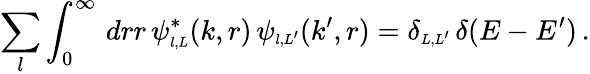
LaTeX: \sum_{l}\int_{0}^{\infty}\, drr\, \psi_{\scriptscriptstyle{l,L}}^{\ast}(k,r)\, \psi_{\scriptscriptstyle{l,L^{\prime}}}(k^{\prime},r)=\delta_{\scriptscriptstyle{L,L^{\prime}}}\, \delta(E-E^{\prime})\, .